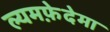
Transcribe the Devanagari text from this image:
ल्यमफ़ेदेमा